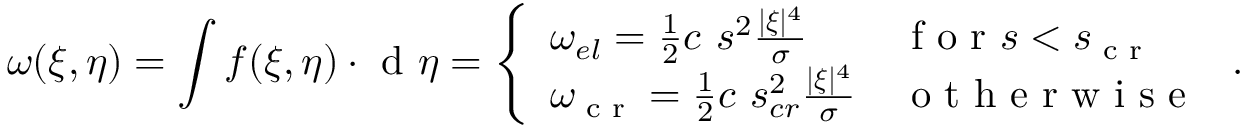
\omega ( \boldsymbol { \xi } , \boldsymbol { \eta } ) = \int \boldsymbol { f } ( \boldsymbol { \xi } , \boldsymbol { \eta } ) \cdot \textup { d } \boldsymbol { \eta } = \left\{ \begin{array} { l l } { \omega _ { e l } = \frac { 1 } { 2 } c \ s ^ { 2 } \frac { | \boldsymbol { \xi } | ^ { 4 } } { \sigma } } & { \textup { f o r } s < s _ { \textup { c r } } } \\ { \omega _ { \textup { c r } } = \frac { 1 } { 2 } c \ s _ { c r } ^ { 2 } \frac { | \boldsymbol { \xi } | ^ { 4 } } { \sigma } } & { \textup { o t h e r w i s e } } \end{array} \right. .